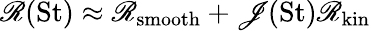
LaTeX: \mathscr{R}({\mathrm{St}})\approx\mathscr{R}_{\mathrm{smooth}}+\mathscr{J}(\mathrm{St})\mathscr{R}_{\mathrm{kin}}